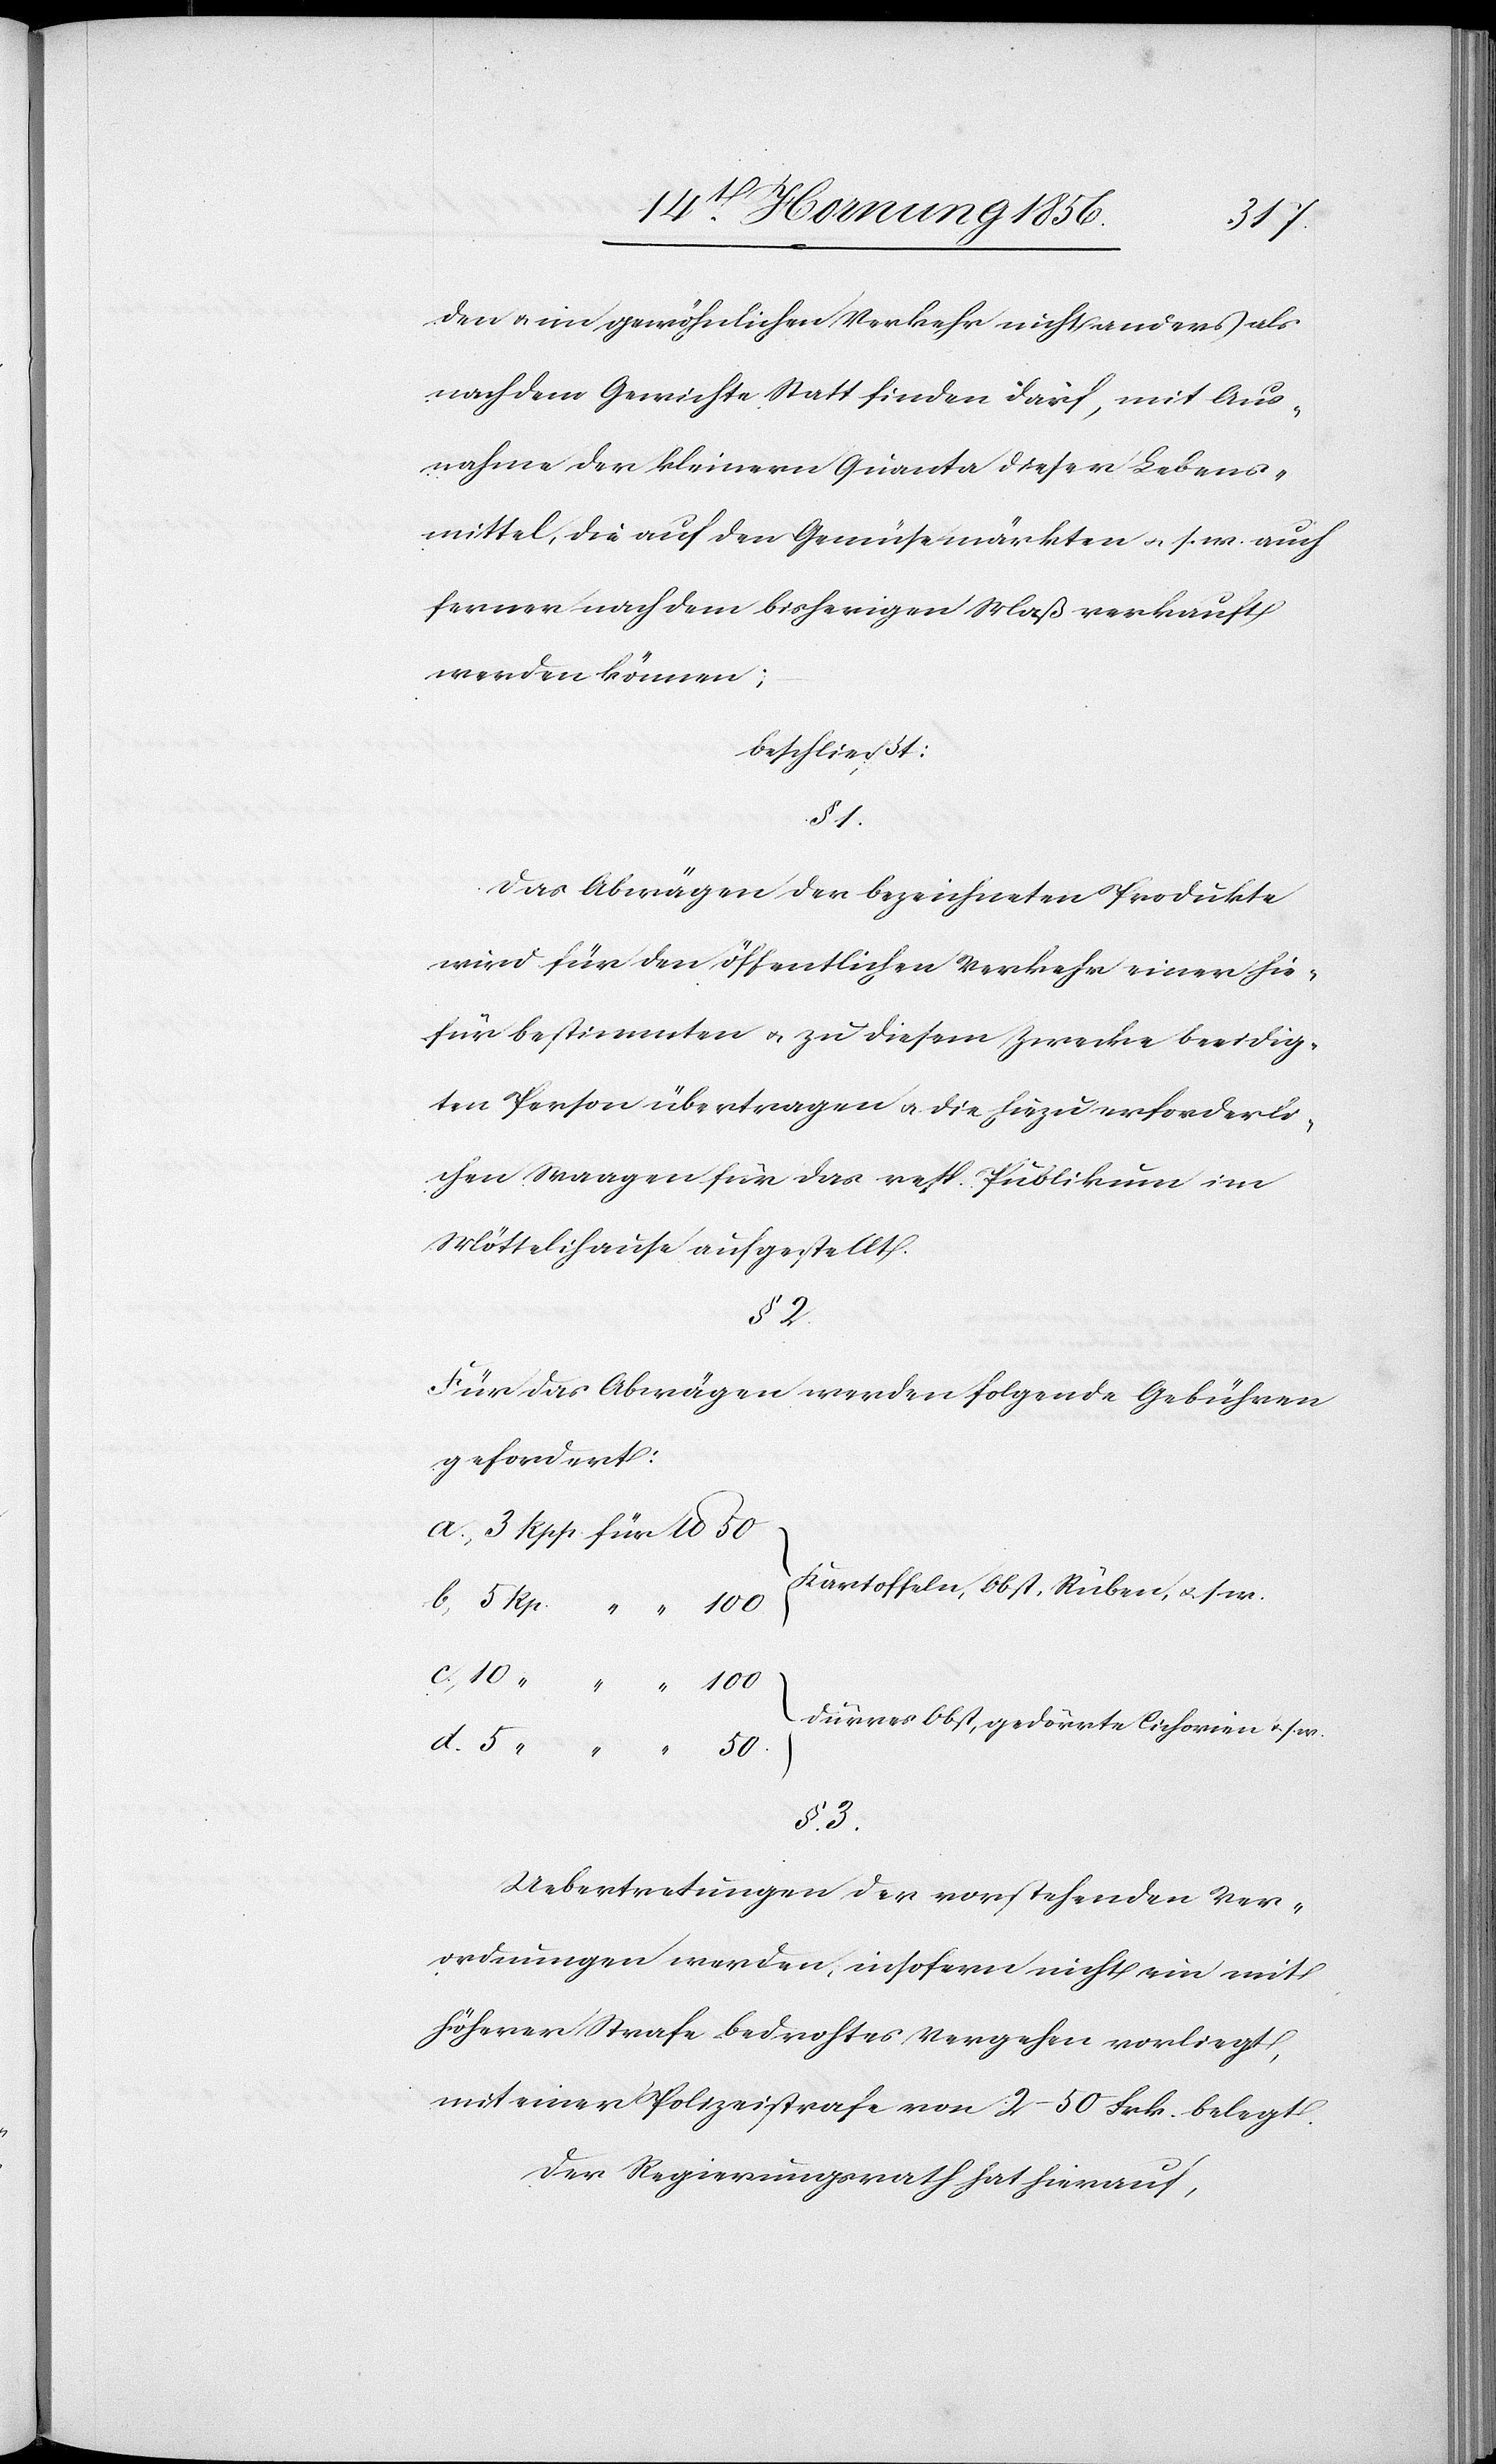
50
den u. im gewöhnlichen Verkehr nicht anders als
nach dem Gewichte Statt finden darf, mit Aus¬
nahme der kleinern Quanta dieser Lebens¬
mittel, die auf den Gemüsemärkten u. s. w. auch
ferner nach dem bisherigen Maß verkauft
werden können;
beschließt:
§ 1.
Das Abwägen der bezeichneten Produkte
wird für den öffentlichen Verkehr einer hie¬
für bestimmten u. zu diesem Zwecke beeidig¬
ten Person übertragen u. die hiezu erforderli¬
chen Waagen für das resp. Publikum im
Möttelihause aufgestellt.
§ 2.
Für das Abwägen werden folgende Gebühren
gefordert:
Kartoffeln, Obst, Rüben u. s. w.
dürrer Obst, gedörrte Cichorien u. s. w.
§ 3.
Uebertretungen der vorstehenden Ver¬
ordnungen werden, insofern nicht ein mit
höherer Strafe bedrohtes Vergehen vorliegt,
mit einer Polizeistrafe von 2–50 Frk. belegt.[“]
Der Regierungsrath hat hierauf,